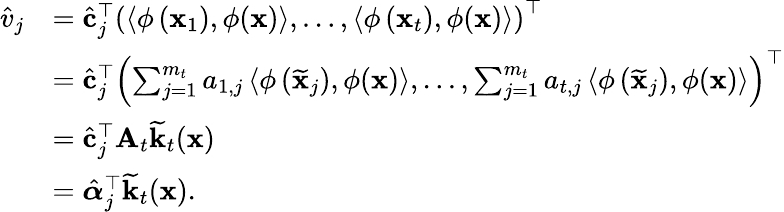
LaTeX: \begin{array}{rl}{\hat{v}_{j}}&{=\hat{\mathbf{c}}_{j}^{\top}\left(\left\langle\phi\left(\mathbf{x}_{1}\right),\phi(\mathbf{x})\right\rangle,\ldots,\left\langle\phi\left(\mathbf{x}_{t}\right),\phi(\mathbf{x})\right\rangle\right)^{\top}}\\ &{=\hat{\mathbf{c}}_{j}^{\top}\left(\sum_{j=1}^{m_{t}}a_{1,j}\left\langle\phi\left(\widetilde{\mathbf{x}}_{j}\right),\phi(\mathbf{x})\right\rangle,\ldots,\sum_{j=1}^{m_{t}}a_{t,j}\left\langle\phi\left(\widetilde{\mathbf{x}}_{j}\right),\phi(\mathbf{x})\right\rangle\right)^{\top}}\\ &{=\hat{\mathbf{c}}_{j}^{\top}\mathbf{A}_{t}\widetilde{\mathbf{k}}_{t}(\mathbf{x})}\\ &{=\hat{\boldsymbol{\alpha}}_{j}^{\top}\widetilde{\mathbf{k}}_{t}(\mathbf{x}).}\end{array}